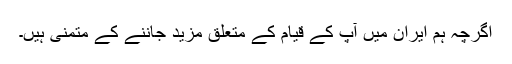
اگرچہ ہم ایران میں آپ کے قیام کے متعلق مزید جاننے کے متمنی ہیں۔